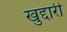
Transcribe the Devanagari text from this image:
खुद्दारी